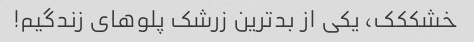
خشککک، یکی از بدترین زرشک پلوهای زندگیم!